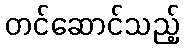
တင်ဆောင်သည့်